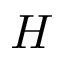
H